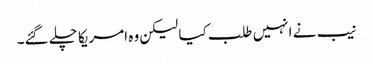
نیب نے انہیں طلب کیا لیکن وہ امریکا چلے گئے۔